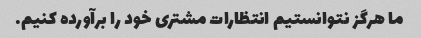
ما هرگز نتوانستیم انتظارات مشتری خود را برآورده کنیم.